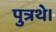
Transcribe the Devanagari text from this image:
पुत्रथे।